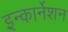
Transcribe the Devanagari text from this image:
इन्कार्नेशन